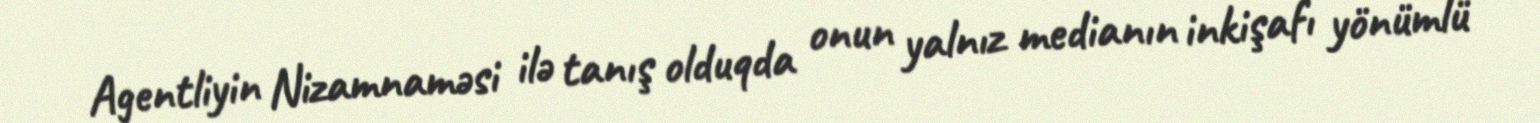
Agentliyin Nizamnaməsi ilə tanış olduqda onun yalnız medianın inkişafı yönümlü